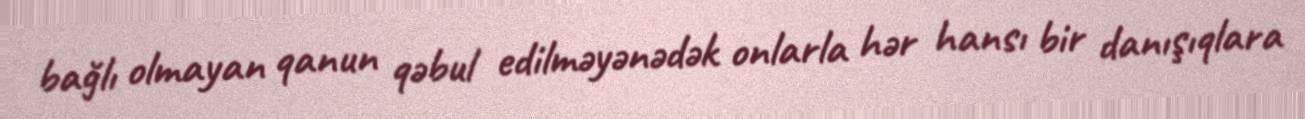
bağlı olmayan qanun qəbul edilməyənədək onlarla hər hansı bir danışıqlara